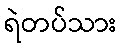
ရဲတပ်သား